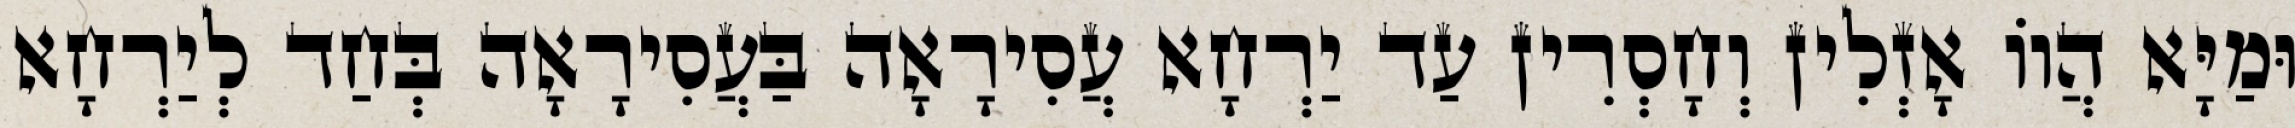
וּמַיָּא הֲווֹ אָזְלִין וְחָסְרִין עַד יַרְחָא עֲסִירָאָה בַּעֲסִירָאָה בְּחַד לְיַרְחָא